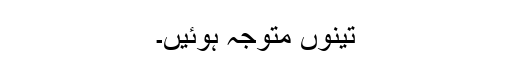
تینوں متوجہ ہوئیں۔